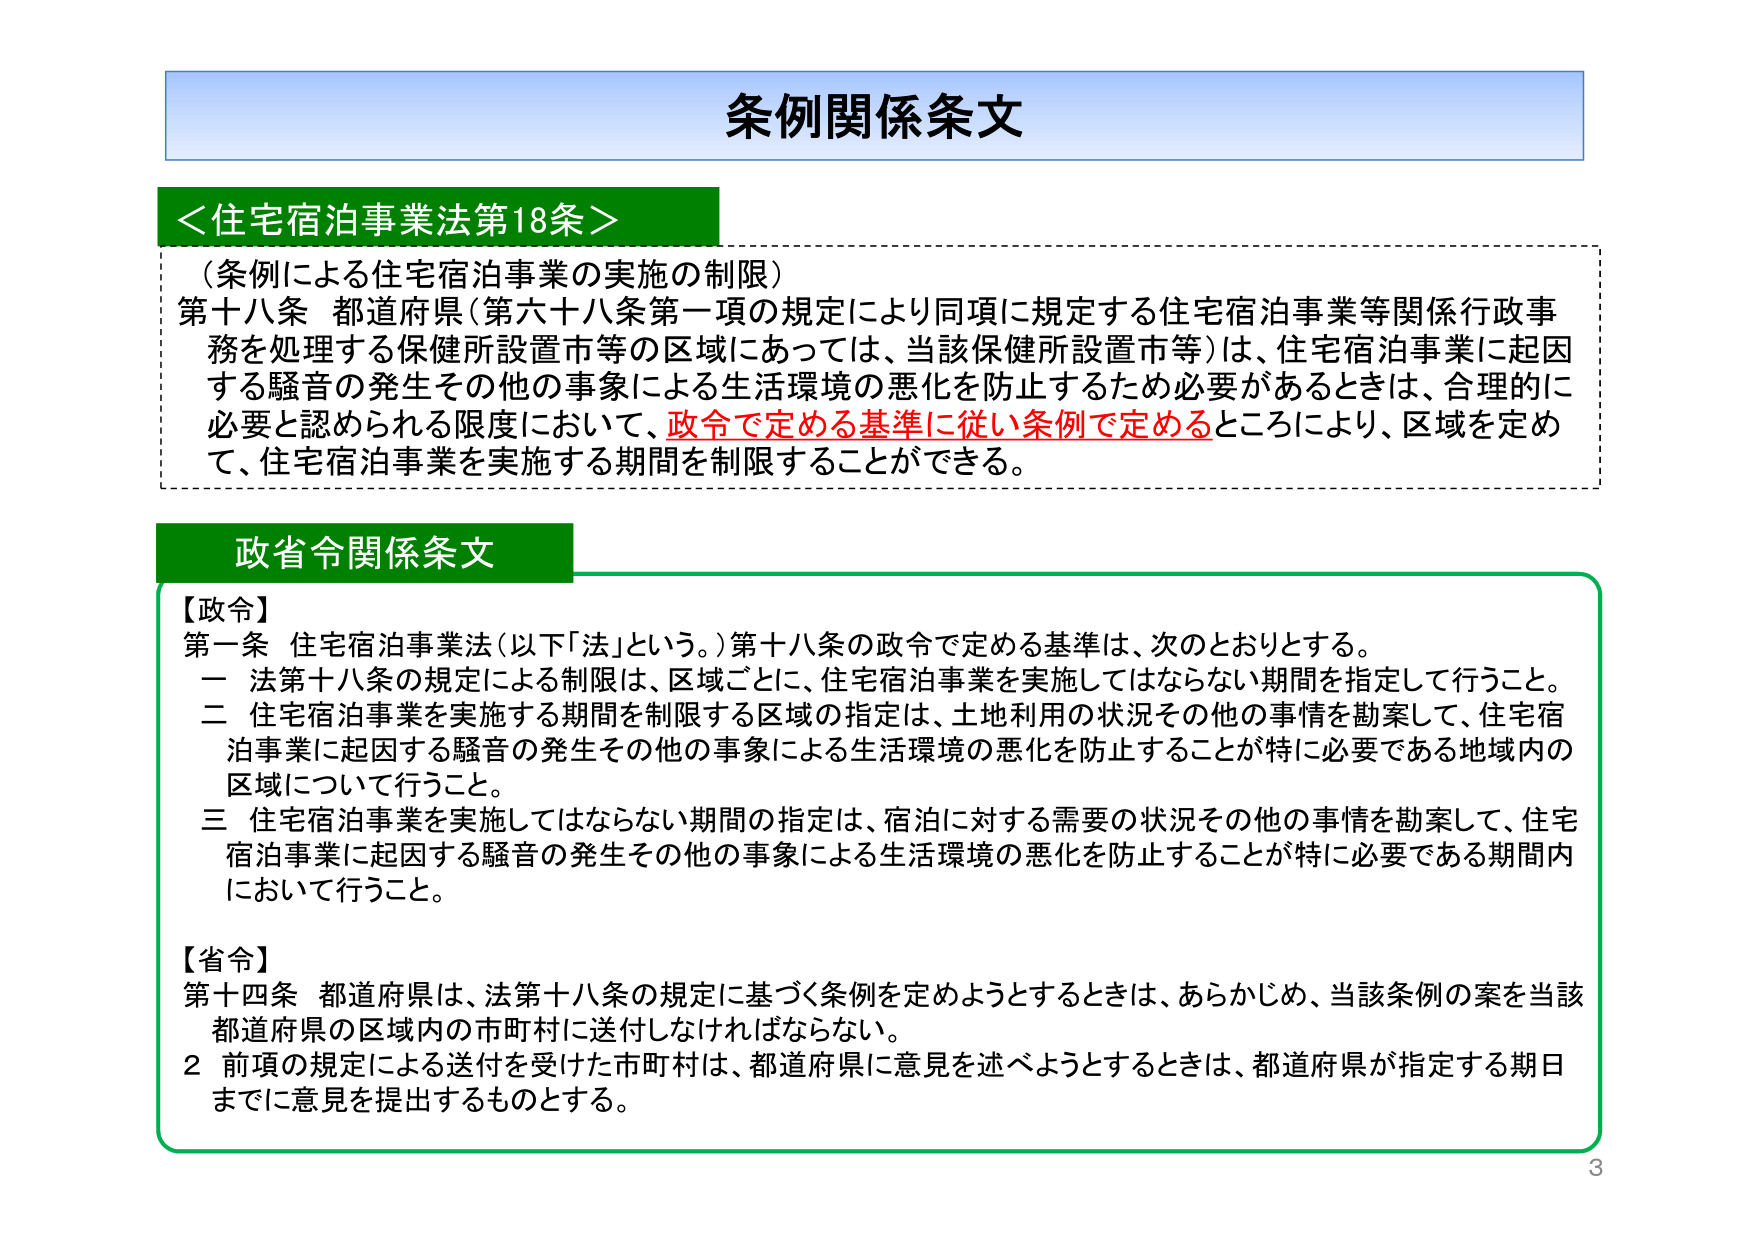
条例関係条文

＜住宅宿泊事業法第18条＞
（条例による住宅宿泊事業の実施の制限）
第十八条 都道府県（第六十八条第一項の規定により同項に規定する住宅宿泊事業等関係行政事務を処理する保健所設置市等の区域にあっては、当該保健所設置市等）は、住宅宿泊事業に起因する騒音の発生その他の事象による生活環境の悪化を防止するため必要があるときは、合理的に必要と認められる限度において、政令で定める基準に従い条例で定めるところにより、区域を定めて、住宅宿泊事業を実施する期間を制限することができる。

政省令関係条文

【政令】
第一条 住宅宿泊事業法（以下「法」という。）第十八条の政令で定める基準は、次のとおりとする。
一 法第十八条の規定による制限は、区域ごとに、住宅宿泊事業を実施してはならない期間を指定して行うこと。
二 住宅宿泊事業を実施する期間を制限する区域の指定は、土地利用の状況その他の事情を勘案して、住宅宿泊事業に起因する騒音の発生その他の事象による生活環境の悪化を防止することが特に必要である地域内の区域について行うこと。
三 住宅宿泊事業を実施してはならない期間の指定は、宿泊に対する需要の状況その他の事情を勘案して、住宅宿泊事業に起因する騒音の発生その他の事象による生活環境の悪化を防止することが特に必要である期間内において行うこと。

【省令】
第十四条 都道府県は、法第十八条の規定に基づく条例を定めようとするときは、あらかじめ、当該条例の案を当該都道府県の区域内の市町村に送付しなければならない。
２ 前項の規定による送付を受けた市町村は、都道府県に意見を述べようとするときは、都道府県が指定する期日までに意見を提出するものとする。

3